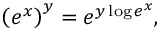
\left( e ^ { x } \right) ^ { y } = e ^ { y \log e ^ { x } } ,